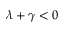
\lambda + \gamma < 0